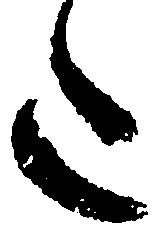
た